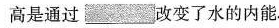
高是通过___改变了水的内能.